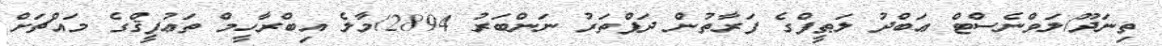
ތިނަދޫ/ލަވްނެސްޓް ޢަބްދު ލަޠީފްގެ ފަރާތުން ދަފްތަރު ނަންބަރު 2894/މާލެ އިބްރާހީމް ތަޢުފީޤްގެ މައްޗަށް